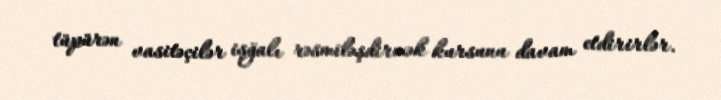
tüpürən vasitəçilər işğalı rəsmiləşdirmək kursunu davam etdirirlər.